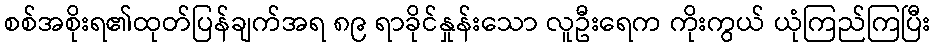
စစ်အစိုးရ၏ထုတ်ပြန်ချက်အရ ၈၉ ရာခိုင်နှုန်းသော လူဦးရေက ကိုးကွယ် ယုံကြည်ကြပြီး